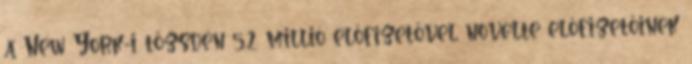
a New York-i tőzsdén 5,2 millió előfizetővel növelte előfizetőinek